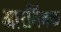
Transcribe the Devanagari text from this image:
आरमिभक